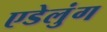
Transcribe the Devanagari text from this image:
एडेलुंग